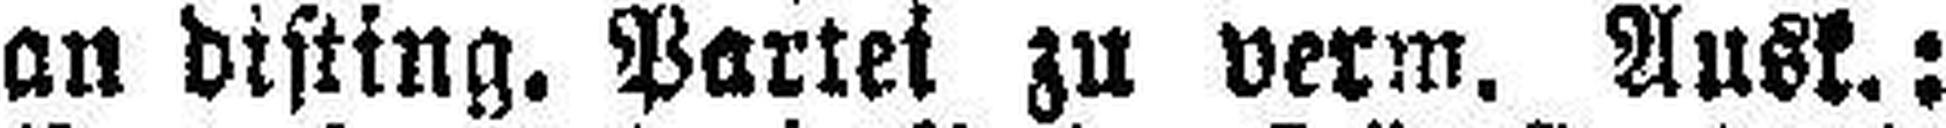
an disting. Partei zu verm. Ausk.: